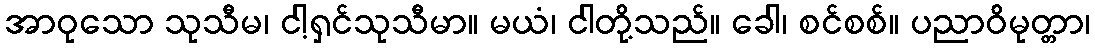
အာဝုသော သုသီမ၊ ငါ့ရှင်သုသီမာ။ မယံ၊ ငါတို့သည်။ ခေါ၊ စင်စစ်။ ပညာဝိမုတ္တာ၊